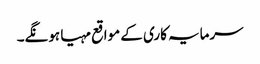
سرمایہ کاری کے مواقع مہیا ہونگے۔